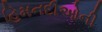
હિમનદીઓની